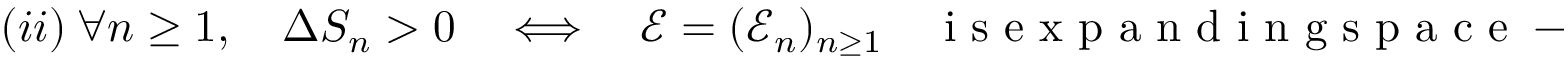
( i i ) \ \forall n \geq 1 , \quad \Delta S _ { n } > 0 \quad \Longleftrightarrow \quad { \mathcal E } = ( { \mathcal E _ { n } } ) _ { n \geq 1 } \quad \mathrm { ~ i ~ s ~ e ~ x ~ p ~ a ~ n ~ d ~ i ~ n ~ g ~ s ~ p ~ a ~ c ~ e ~ - ~ t ~ i ~ m ~ e ~ } ,